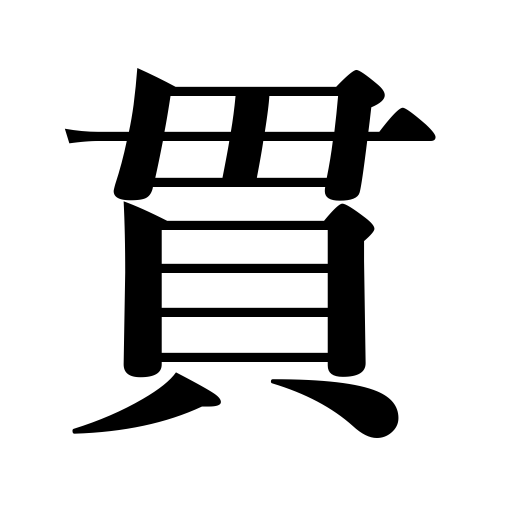
Meanings: perforate,attain one's object,pierce,8.3/1 pounds,penetrate,shoot through